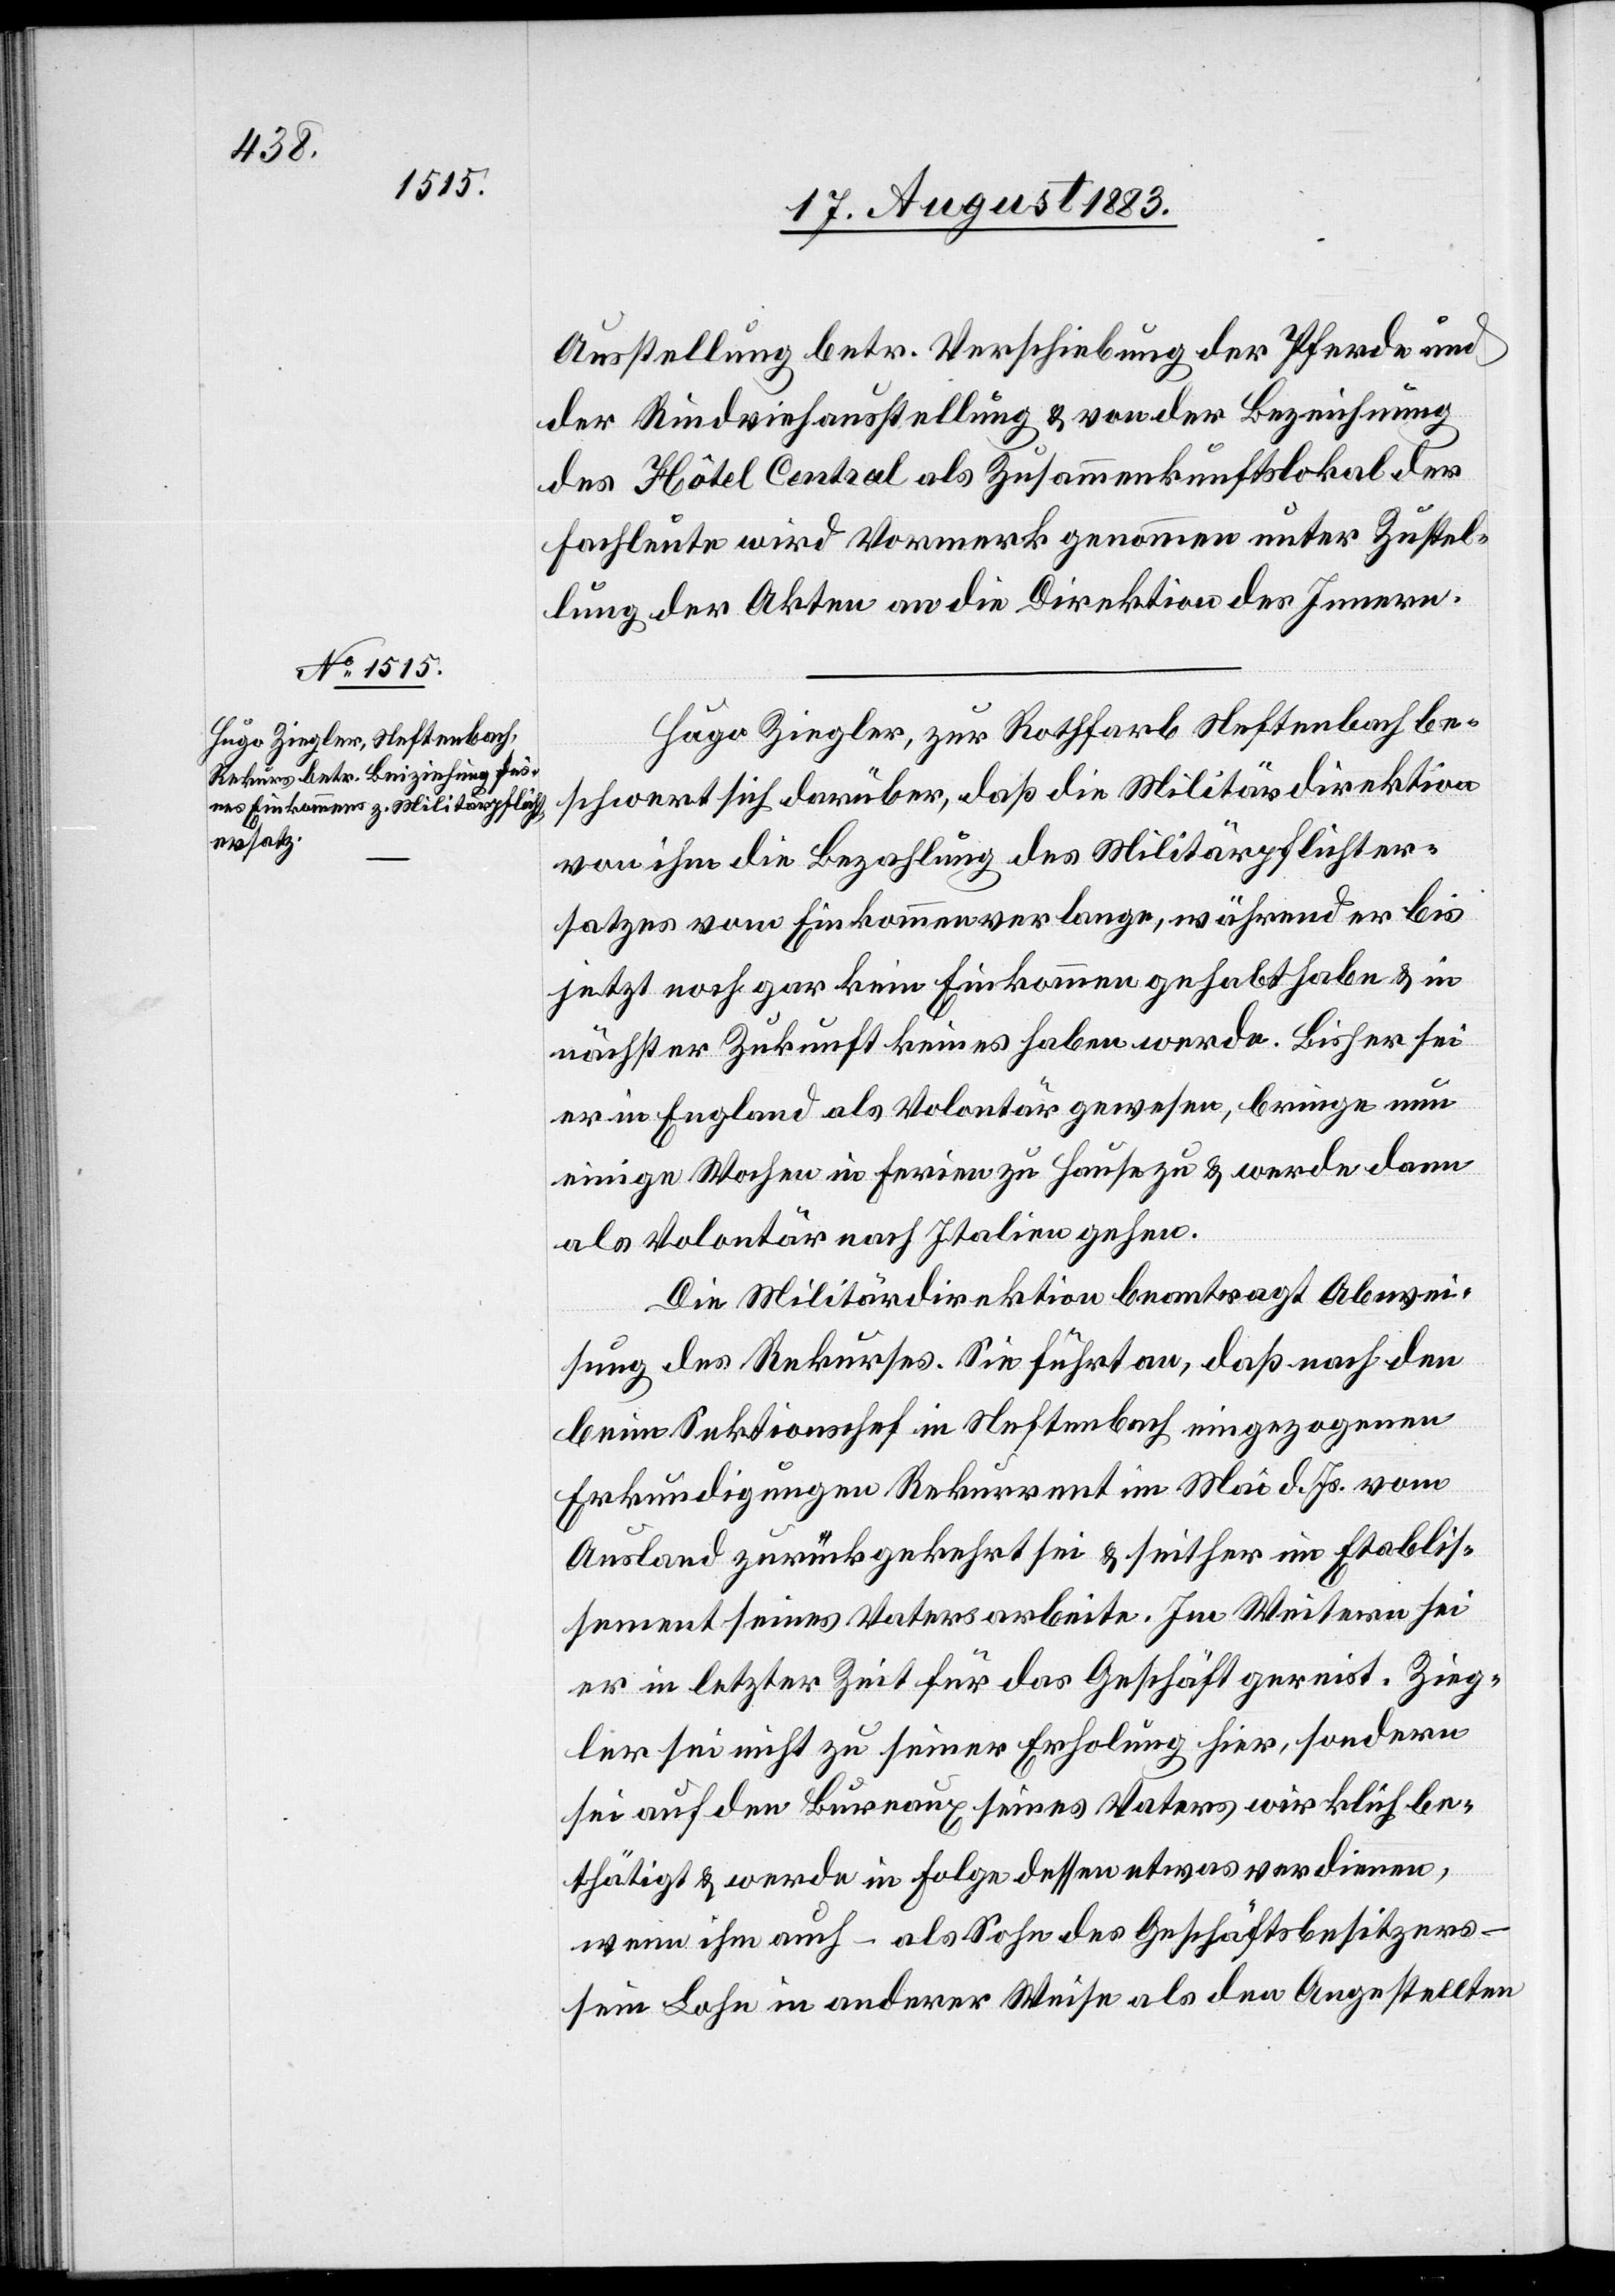
Ausstellung betr. Verschiebung der Pferde[-] und
der Rindviehausstellung & von der Bezeichnung
des Hôtel Central als Zusammenkunftslokal der
Fachleute wird Vormerk genommen unter Zustel¬
lung der Akten an die Direktion des Innern.
Hugo Ziegler, zur Rothfarb Neftenbach be¬
schwert sich darüber, daß die Militärdirektion
von ihm die Bezahlung des Militärpflichter¬
satzes vom Einkommen verlange, während er bis
jetzt noch gar kein Einkommen gehabt habe & in
nächster Zukunft keines haben werde. Bisher sei
er in England als Volontär gewesen, bringe nun
einige Wochen in Feiern zu hause zu & werde dann
als Volontär nach Italien gehen.
Die Militärdirektion beantragt Abwei¬
sung des Rekurses. Sie führt an, daß nach den
beim Sektionschef in Neftenbach eingezogenen
Erkundigungen Rekurrent im Mai d. Js. vom
Ausland zurückgekehrt sei & seither im Etablis¬
sement seines Vaters arbeite. Im Weitern sei
er in letzter Zeit für das Geschäft gereist. Zieg¬
ler sei nicht zu seiner Erholung hier, sondern
sei auf den Bureaux seines Vaters wirklich be¬
schäftigt & werde in Folge dessen etwas verdienen,
wenn ihm auch – als Sohn des Geschäftsbesitzers
sein Lohn in anderer Weise als den Angestellten